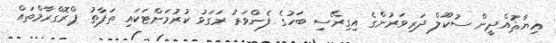
ޣިޔާޘުއްދީން ސުކޫލް ދަރިވަރުންގެ އިގިރޭސި ބަހުގެ ފެންވަރު ރަގަޅު ކުރުމަށްޓަކައި ތަފާތު ޕްރޮގްރާމްތައް